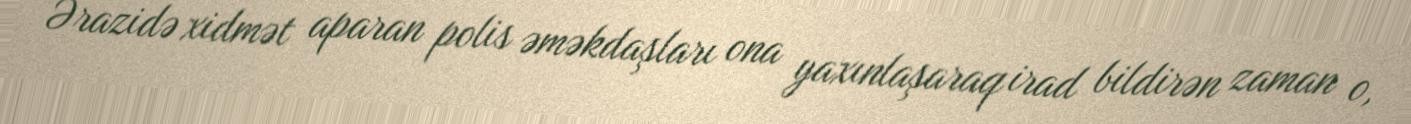
Ərazidə xidmət aparan polis əməkdaşları ona yaxınlaşaraq irad bildirən zaman o,